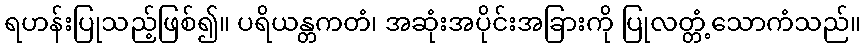
ရဟန်းပြုသည့်ဖြစ်၍။ ပရိယန္တကတံ၊ အဆုံးအပိုင်းအခြားကို ပြုလတ္တံ့သောကံသည်။